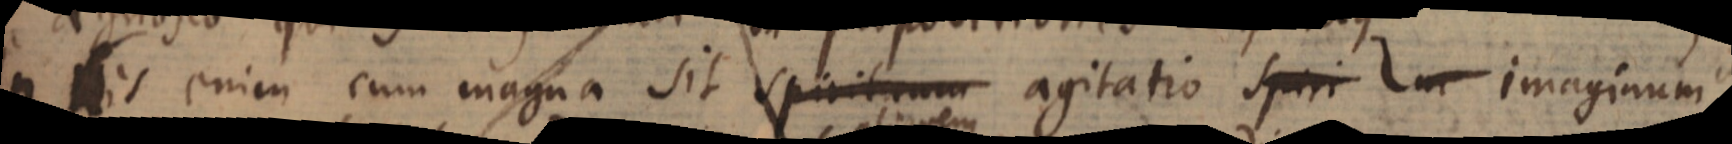
In his enim cum magna sit spirituum agitatio spiri Im imaginum